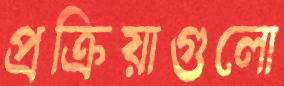
প্রক্রিয়াগুলো